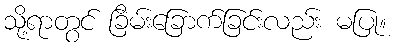
သို့ရာတွင် ခြိမ်းခြောက်ခြင်းလည်း မပြု။